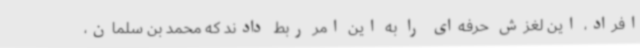
افراد، این لغزش حرفه‌ای را به این امر ربط دادند که محمد بن سلمان،